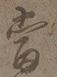
当